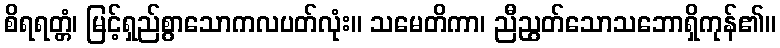
စိရရတ္တံ၊ မြင့်ရှည်စွာသောကလပတ်လုံး။ သမေတိကာ၊ ညီညွတ်သောသဘောရှိကုန်၏။